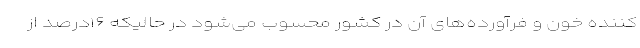
کننده خون و فرآورده‌های آن در کشور محسوب می‌شود در حالیکه ۱۶درصد از